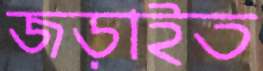
জড়াইত